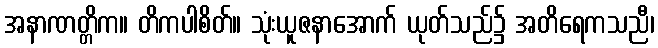
အနာဏတ္တိက။ တိကပါစိတ်။ သုံးယူဇနာအောက် ယုတ်သည်၌ အတိရေကသညီ၊